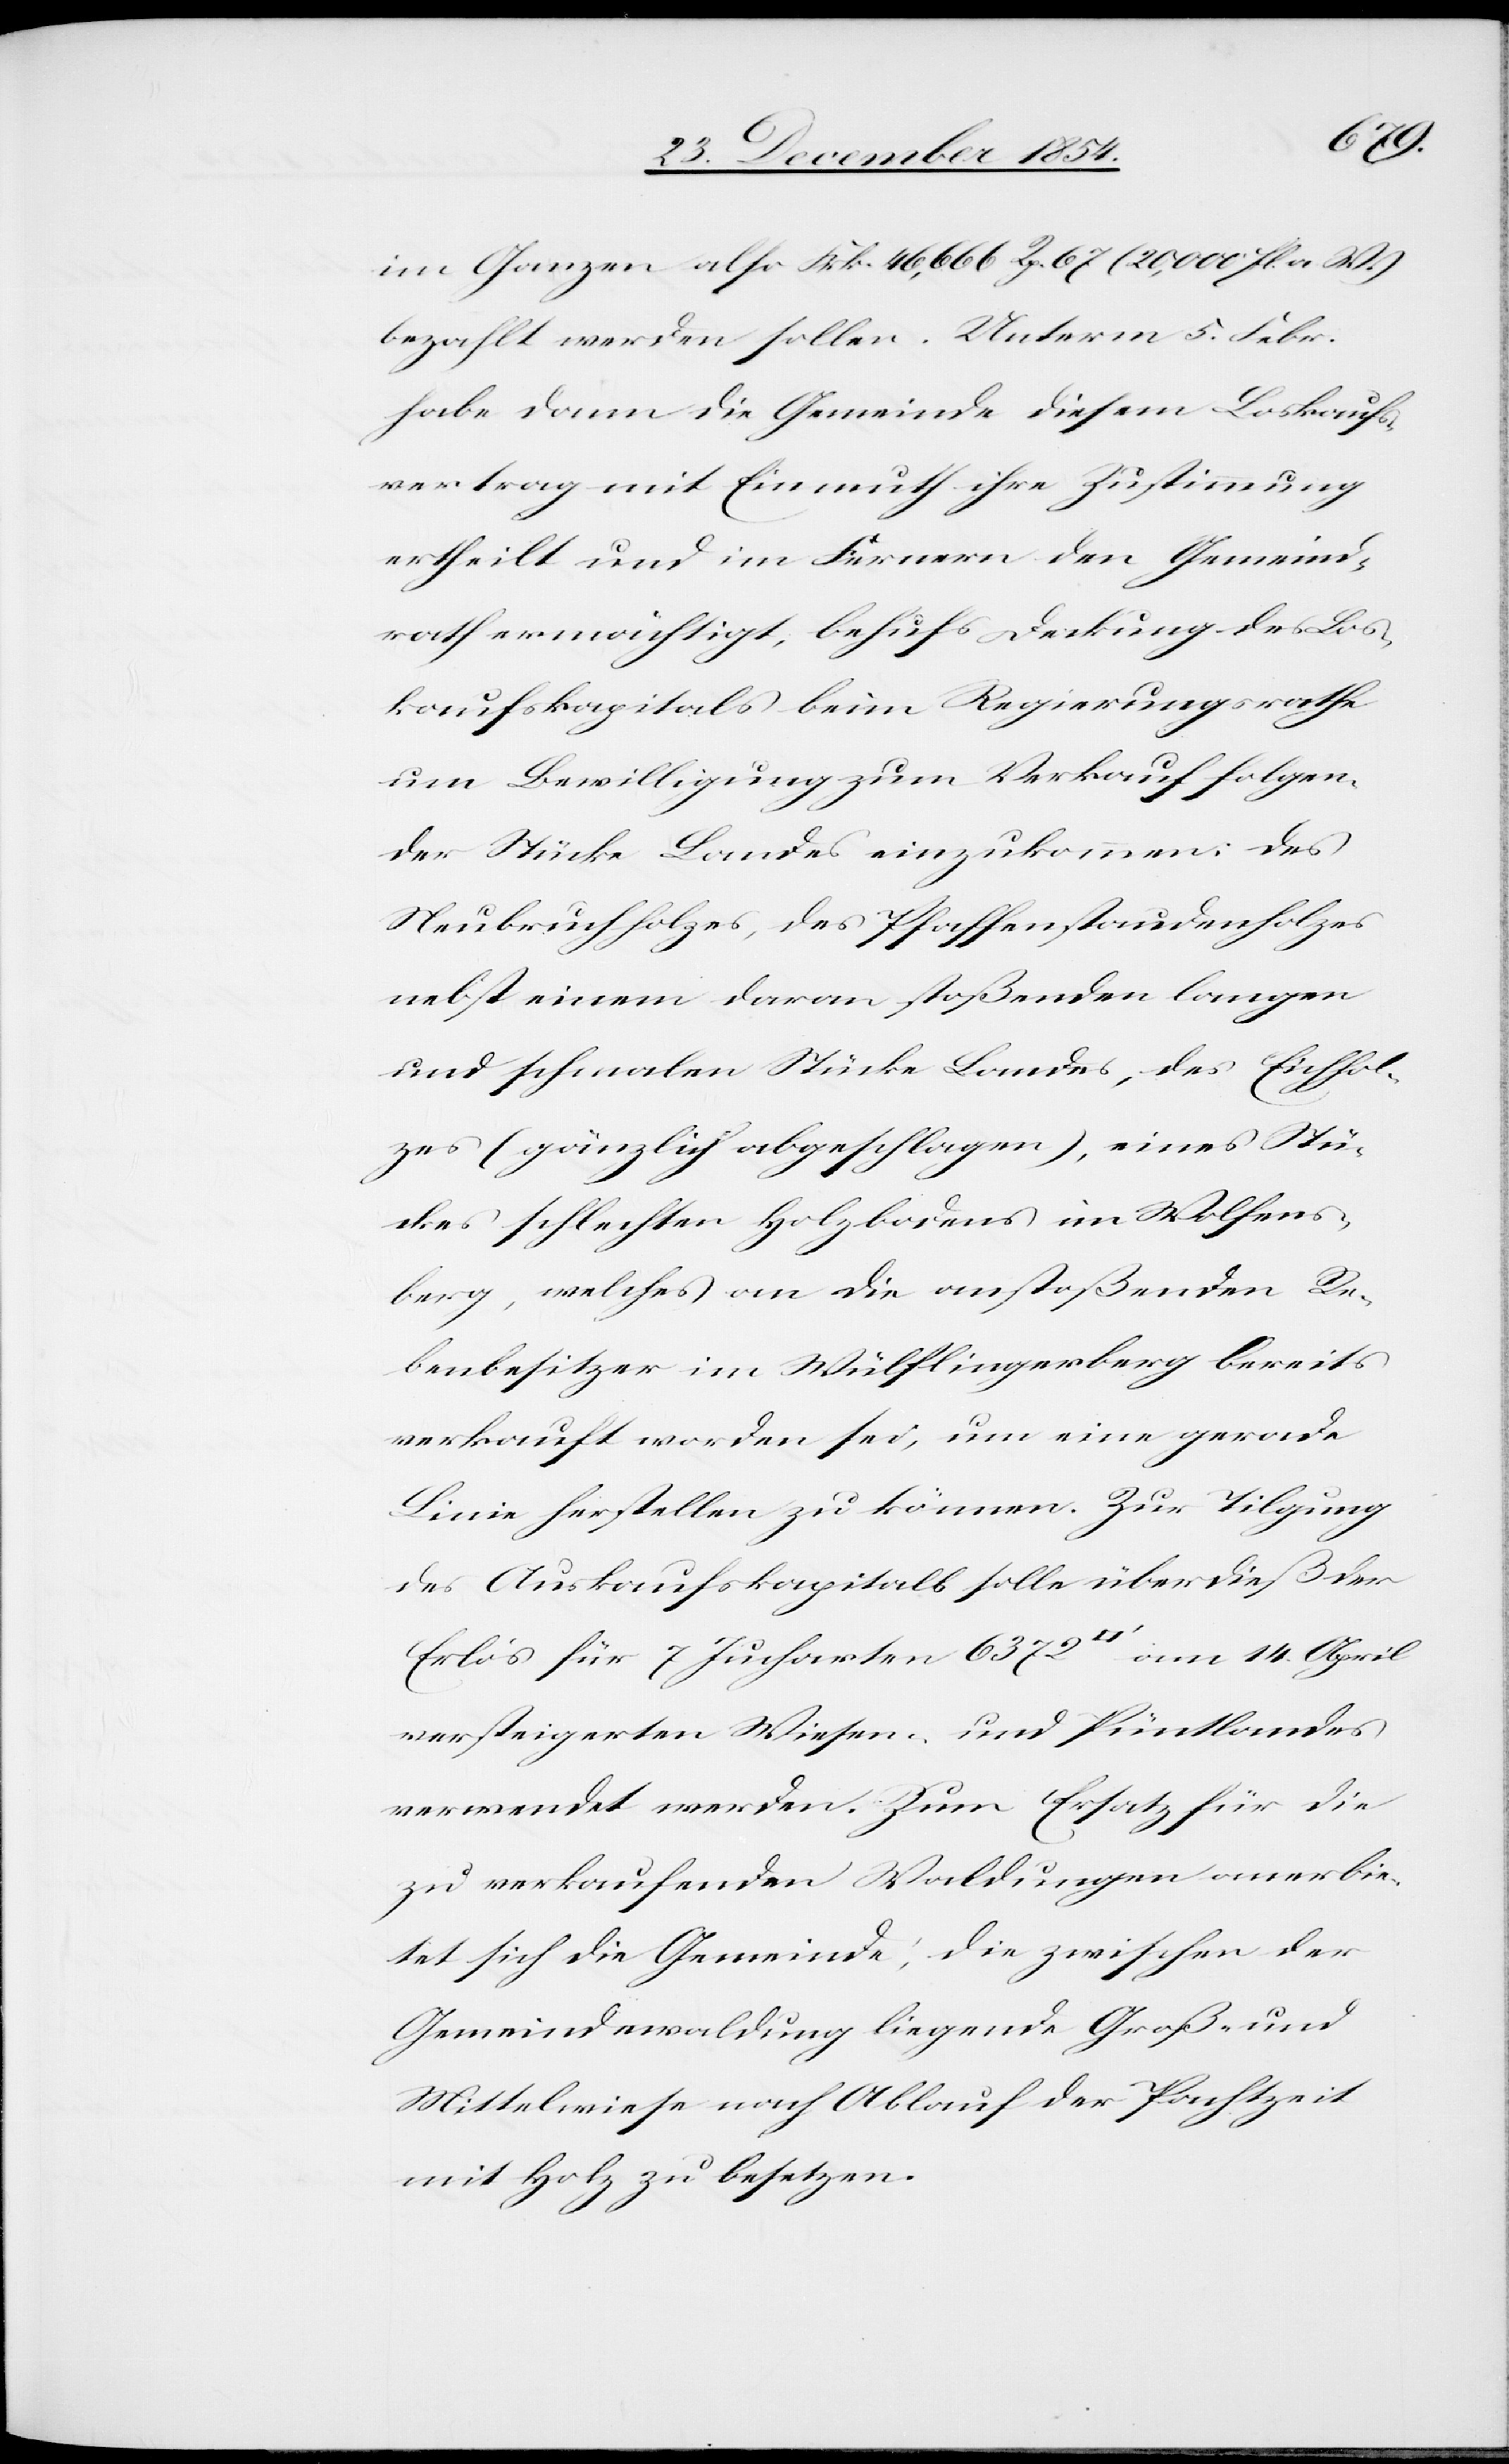
im Ganzen also Frk.46,666 Rp. 67 (20,000 fl. a. W.)
bezahlt werden sollen. Unterm 5. Febr.
habe dann die Gemeinde diesem Loskaufs¬
vertrag mit Einmuth ihre Zustimmung
ertheilt und im Fernern den Gemeind¬
rath ermächtigt, behufs Deckung des Los¬
kaufskapitals beim Regierungsrathe
um Bewilligung zum Verkauf folgen¬
der Stücke Landes einzukommen: Des
Neubruchholzes, des Pfaffenstaudenholzes
nebst einem dran stoßenden langen
und schmalen Stücke Landes, des Eichhol¬
zes (gänzlich abgeschlagen), eines Stü¬
ckes schlechten Holzbodens im Wolfens¬
berg, welches an die anstoßenden Re¬
benbesitzer im Wülflingerberg bereits
verkauft worden sei, um eine gerade
Linie herstellen zu können. Zur Tilgung
des Auskaufskapitals solle überdieß der
Erlös für 7 Jucharten 6372
am 14. April
versteigerten Wiesen- und Püntlandes
verwendet werden. Zum Ersatz für die
zu verkaufenden Waldungen anerbie¬
tet sich die Gemeinde, die zwischen der
Gemeindewaldung liegende Groß- und
Mittelweise nach Ablaufe der Pachtzeit
mit Holz zu besetzen.